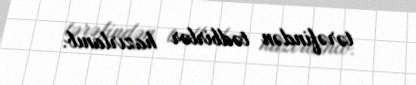
tərəfindən tədbirlər hazırlanıb.